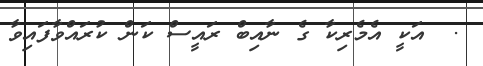
.  އަކީ އެމެރިކާ ގެ ނާއިބް ރައީސް ކަން ކުރައްވާފައިވާ